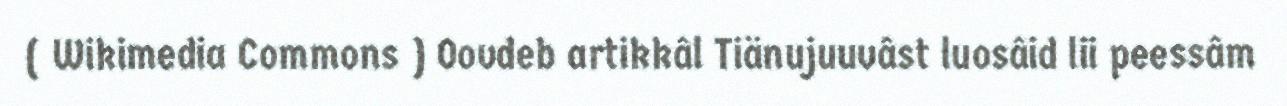
( Wikimedia Commons ) Oovdeb artikkâl Tiänujuuvâst luosâid lii peessâm